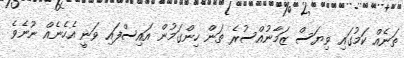
ތަނެއް ކަމުގައި ވިޔަސް ޒަމާނުއްސުރެ ތަން ހިންގަމުން އައިސްފައި ވަނީ އެހެނެއް ނޫނެވެ